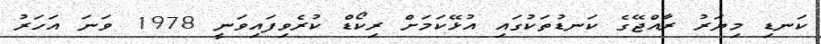
ކަނޑި މިޔަރު ރާއްޖޭގެ ކަނޑުތަކުގައި އުޅޭކަމަށް ރިކޯޑް ކުރެވިފައިވަނީ 1978 ވަނަ އަހަރު